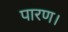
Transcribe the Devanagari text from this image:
पारण।